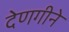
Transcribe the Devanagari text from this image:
देणगीने